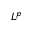
L ^ { p }